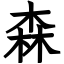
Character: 森